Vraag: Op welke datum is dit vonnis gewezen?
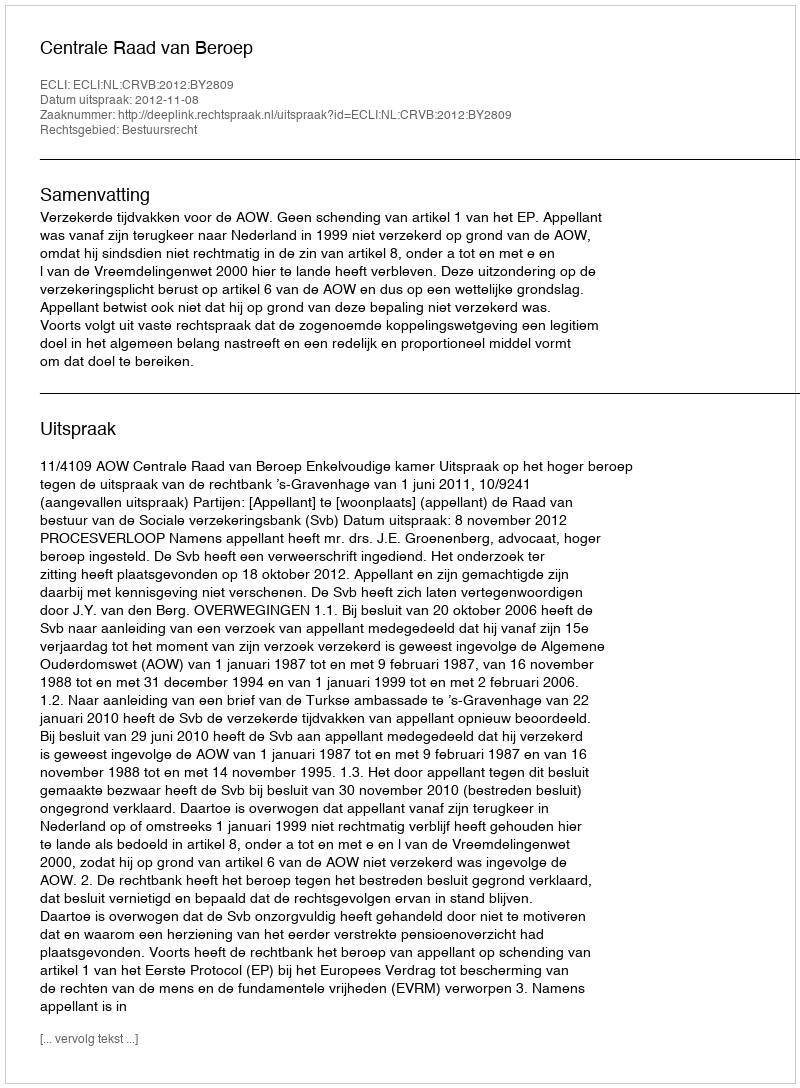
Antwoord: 2012-11-08